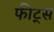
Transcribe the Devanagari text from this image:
फीट्स